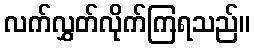
လက်လွှတ်လိုက်ကြရသည်။